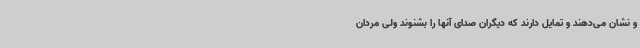
و نشان می‌دهند و تمایل دارند که دیگران صدای آنها را بشنوند ولی مردان